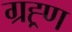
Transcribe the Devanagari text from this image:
ग्रह्र्ण